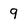
Character: 9